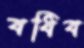
বধিব